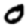
Digit: 0